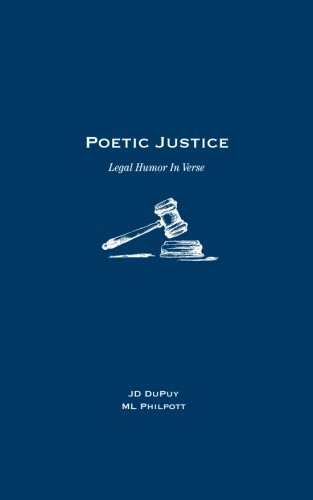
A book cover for Poetic Justice: Legal Humor In Verse; J D DuPuy; Humor & Entertainment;